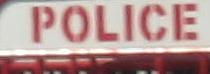
police